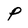
Character: p